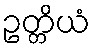
ဥတ္တိယံ